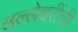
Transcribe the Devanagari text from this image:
लल्लेश्वरींची